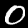
Label: 0